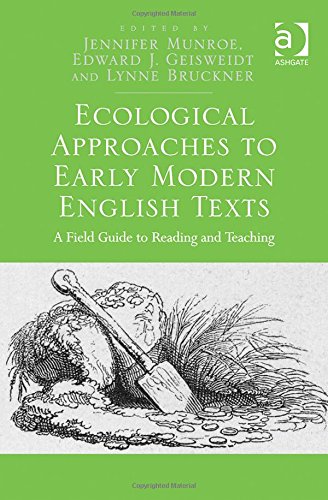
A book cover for Ecological Approaches to Early Modern English Texts: A Field Guide to Reading and Teaching; Literature & Fiction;